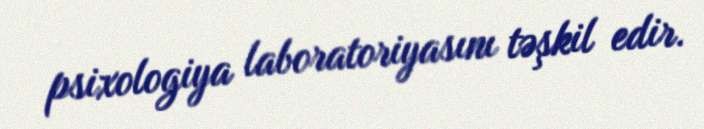
psixologiya laboratoriyasını təşkil edir.